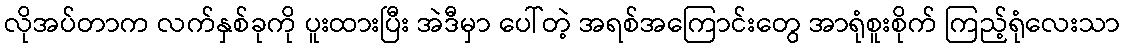
လိုအပ်တာက လက်နှစ်ခုကို ပူးထားပြီး အဲဒီမှာ ပေါ်တဲ့ အရစ်အကြောင်းတွေ အာရုံစူးစိုက် ကြည့်ရုံလေးသာ